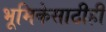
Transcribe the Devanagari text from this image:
भूमिकेसाठीही